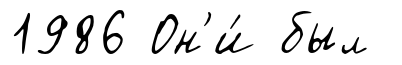
1986 Он'и́ был